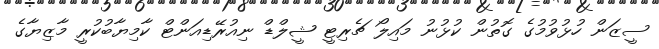
ސީޒަން ހުޅުވުމުގެ ގޮތުން ކުޅުނު މައިލޯ ޗެރިޓީ ޝީލްޑް ނިއުރޭޑިއަންޓް ކާމިޔާބުކުރީ މާޒިޔާގެ